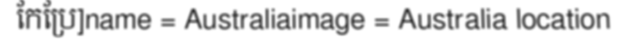
កែប្រែ]name = Australiaimage = Australia location